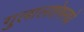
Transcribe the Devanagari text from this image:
गुलालशेषमधे